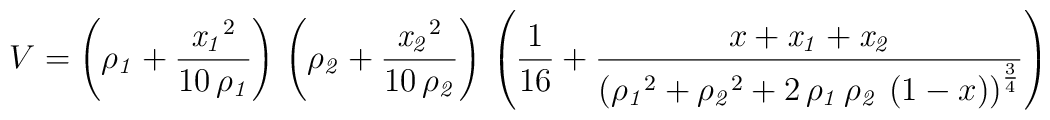
V = \left( {\it \rho_{1}} + {{{{{\it x_{1}}}^2}}\over {10\,{\it \rho_{1}}}}\right) \,\left( {\it \rho_{2}} + {{{{{\it x_{2}}}^2}}\over {10\,{\it\rho_{2}}}} \right) \,\left( \frac{1}{16} + {{x + {\it x_{1}} + {\it x_{2}}}\over{{{\left( {{{\it \rho_{1}}}^2} + {{{\it \rho_{2}}}^2} + 2\,{\it \rho_{1}}\,{\it \rho_{2}}\,\left( 1 - x \right)\right) }^{{3\over 4}}}}} \right)